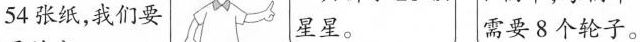
54张纸，我们要 星星。 需要8个轮子。